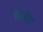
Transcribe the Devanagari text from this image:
कैडोट